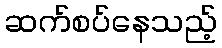
ဆက်စပ်နေသည့်